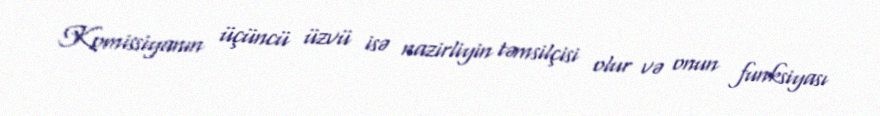
Komissiyanın üçüncü üzvü isə nazirliyin təmsilçisi olur və onun funksiyası